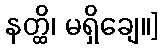
နတ္ထိ၊ မရှိချေ။]